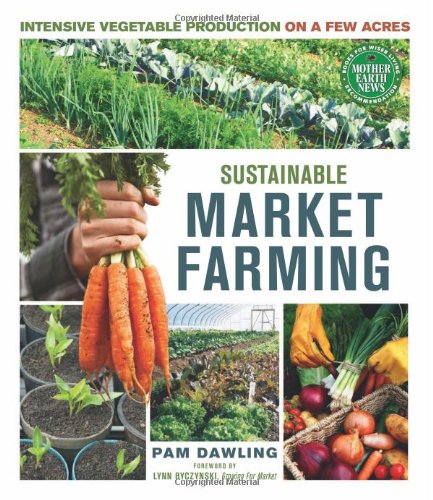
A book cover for Sustainable Market Farming: Intensive Vegetable Production on a Few Acres; Pam Dawling; Crafts, Hobbies & Home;